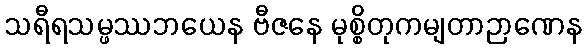
သရီရသမ္ဖဿဘယေန ဗီဇနေ မုစ္စိတုကမျတာဉာဏေန